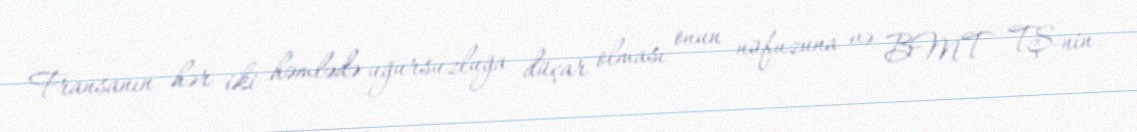
Fransanın hər iki həmlədə uğursuzluğa düçar olması onun nüfuzuna və BMT TŞ-nin